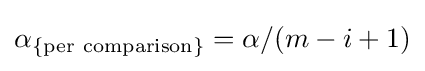
\alpha _{\mathrm {\{per\ comparison\}} }={\alpha }/(m-i+1)